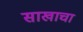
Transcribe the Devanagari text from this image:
साखाचा